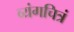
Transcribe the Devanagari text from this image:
व्यंगचित्रं